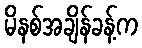
မိနစ်အချိန်ခန့်က